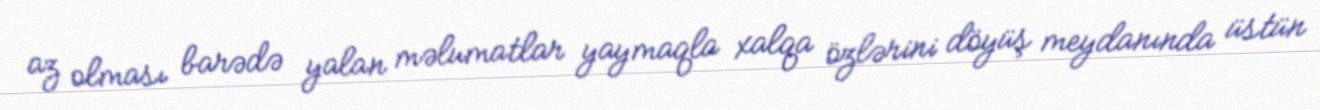
az olması barədə yalan məlumatlar yaymaqla xalqa özlərini döyüş meydanında üstün